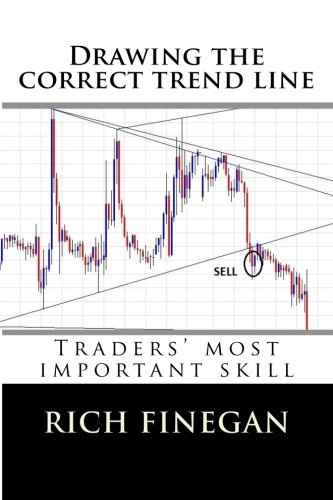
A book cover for Drawing the Correct Trend Line: Traders' Most Important Skill; Rich Finegan; Business & Money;